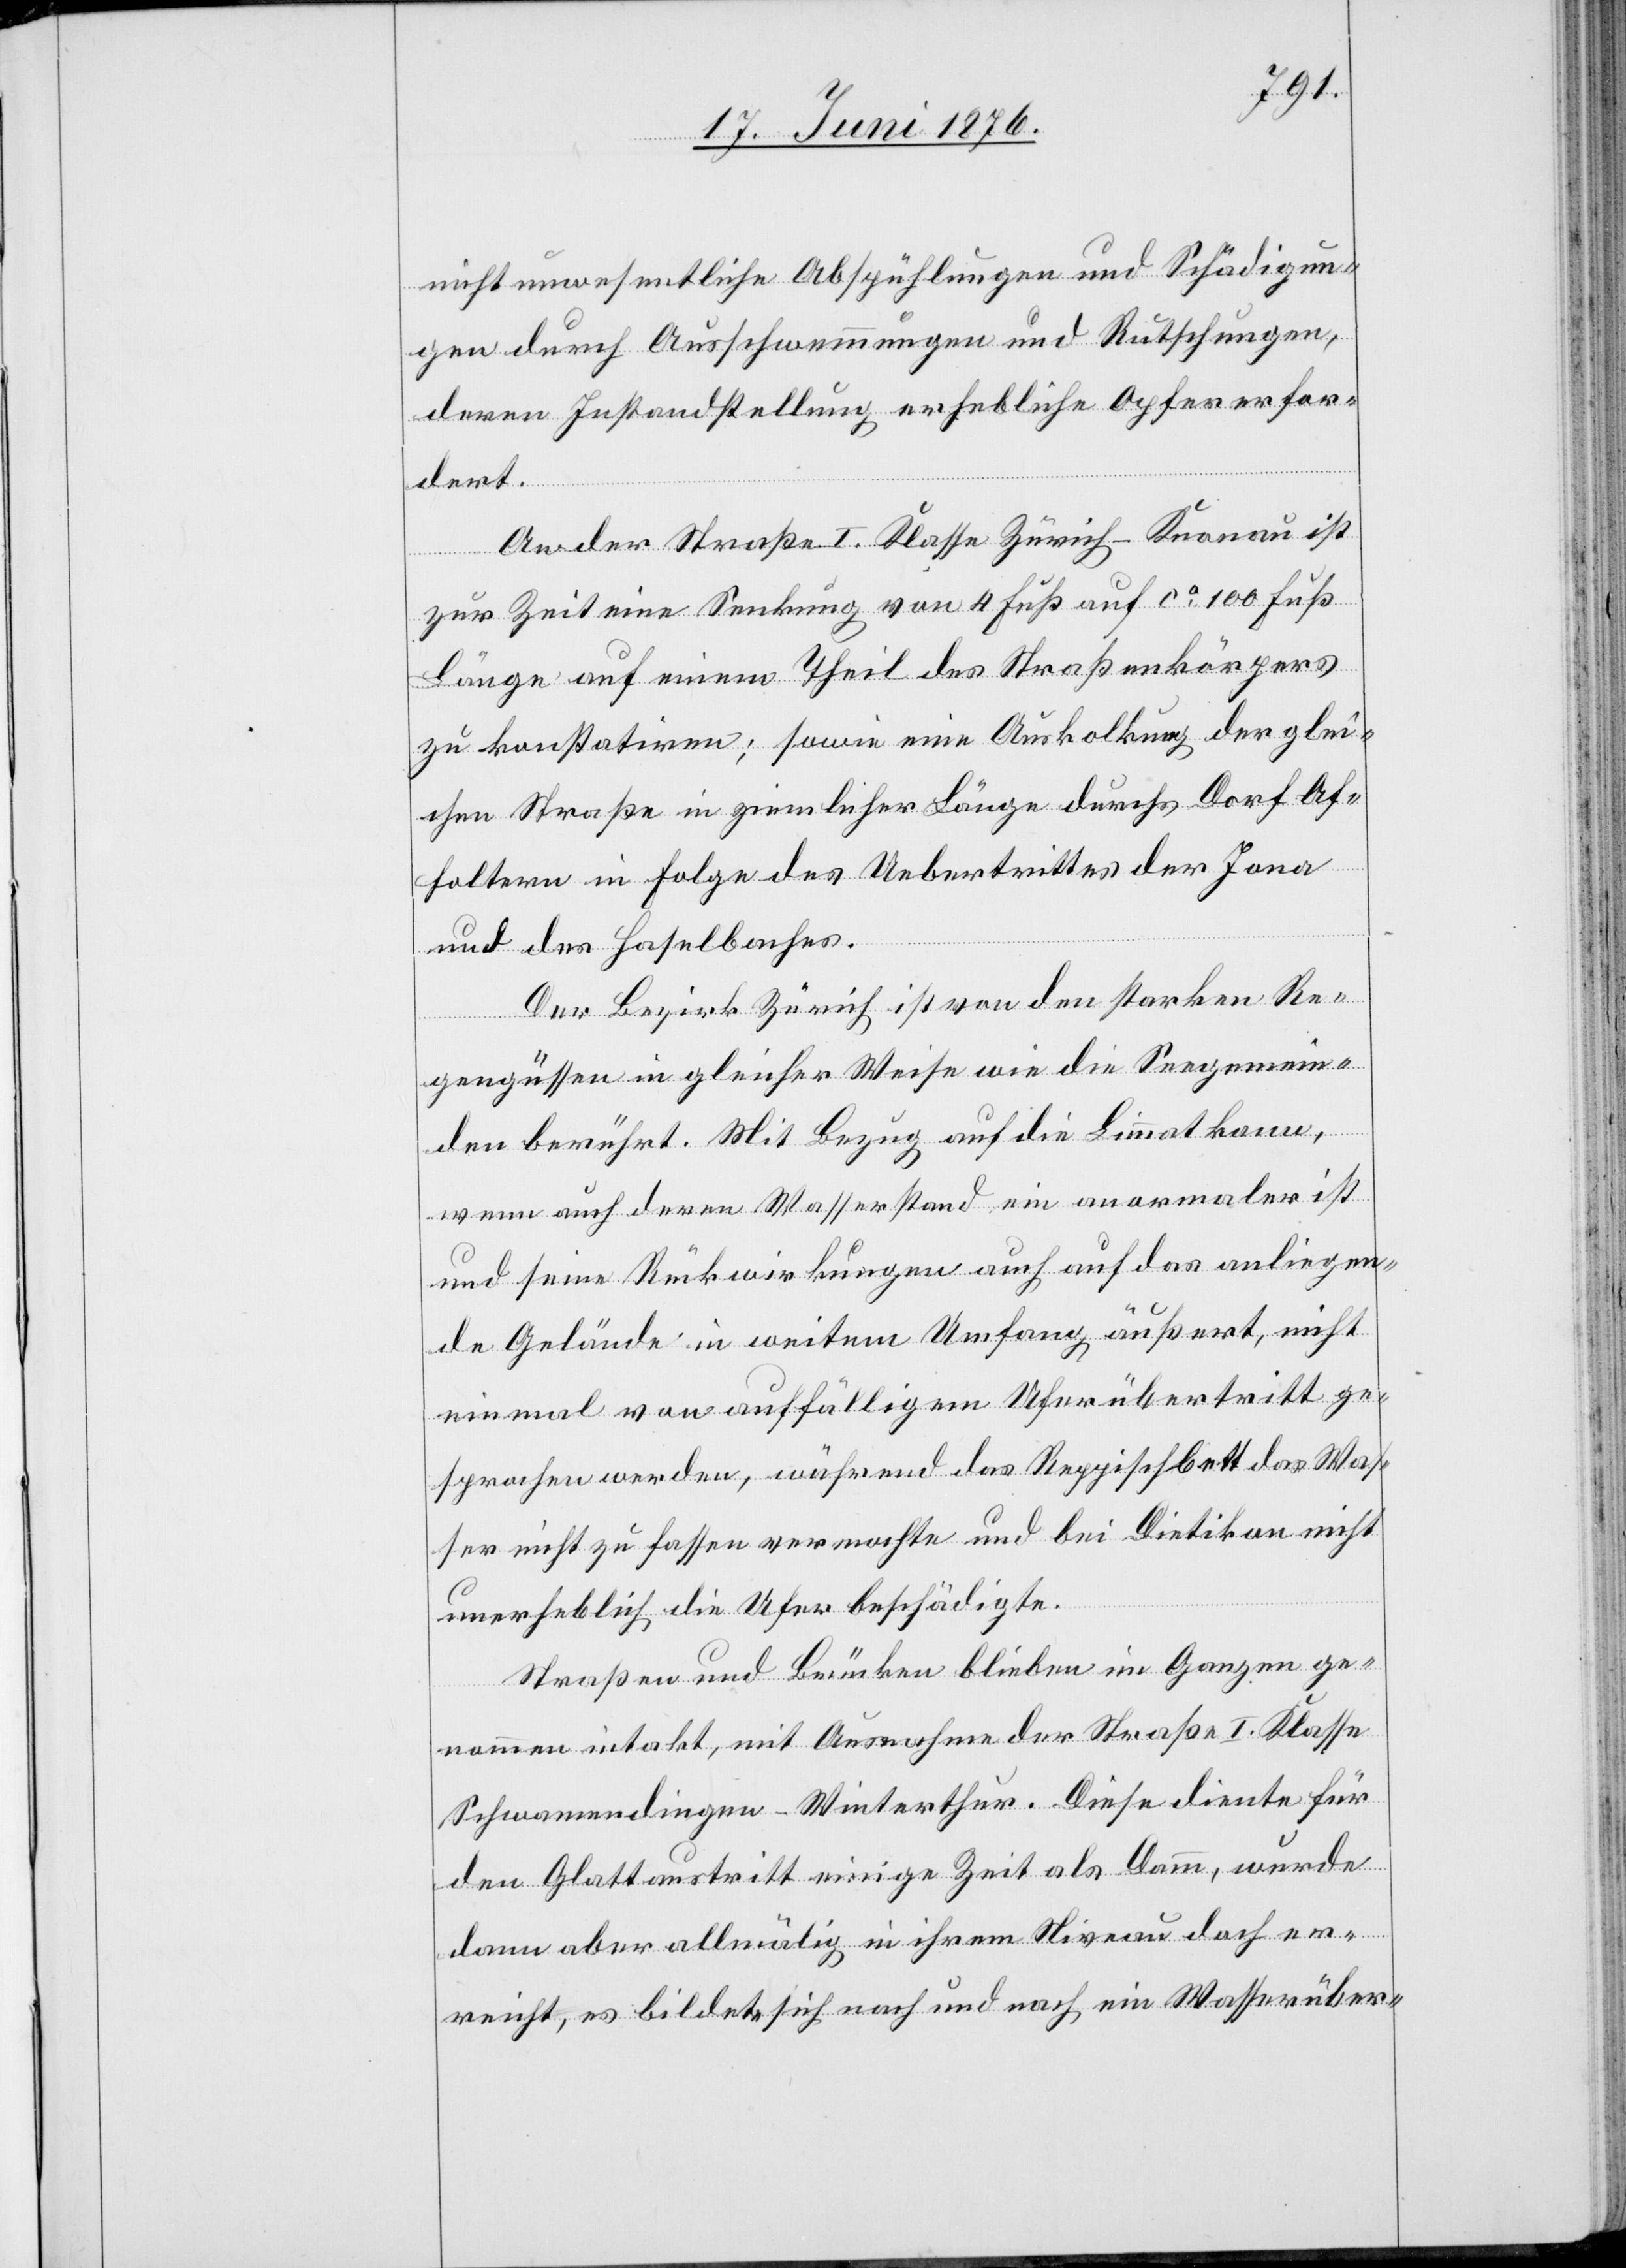
nicht unwesentliche Abspühlungen und Schädigun¬
gen durch Ausschwemmungen und Rutschungen,
deren Instandstellung erhebliche Opfer erfor¬
dert.
An der Straße I. Klasse Zürich–Knonau ist
zur Zeit eine Senkung von 4 Fuß auf ca 100 Fuß
Länge auf einen Theil des Straßenkörpers
zu konstatiren; sowie eine Auskolkung der glei¬
chen Straße in ziemlicher Länge durchs Dorf Af¬
foltern in Folge des Uebertrittes der Jona
und des Haselbaches.
Der Bezirk Zürich ist von den starken Re¬
gengüssen in gleicher Weise wie die Seegemein¬
den berührt. Mit Bezug auf die Limmat kann,
wenn auch deren Wasserstand ein anormaler ist
und seine Rückwirkungen auch auf das anliegen¬
de Gelände in weitem Umfang äußert, nicht
einmal von auffälligem Uferübertritt ge¬
sprochen werden, während das Reppischbett das Was¬
ser nicht zu fassen vermochte und bei Dietikon nicht
unerheblich die Ufer beschädigte.
Straßen und Brücken blieben im Ganzen ge¬
nommen intakt, mit Ausnahme der Straße I. Klasse
Schwammendingen–Winterthur. Diese diente für
den Glattaustritt einige Zeit als Damm, wurde
dann aber allmälig in ihrem Niveau doch er¬
reicht, es bildete sich nach und nach ein Wasserüber-